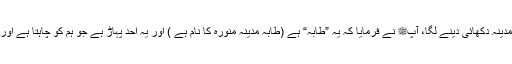
ہم نکلے یہاں تک کہ مدینہ دکھائی دینے لگا، آپﷺ نے فرمایا کہ یہ ”طابہ“ ہے (طابہ مدینہ منورہ کا نام ہے ) اور یہ احد پہاڑ ہے جو ہم کو چاہتا ہے اور ہم اس کو چاہتے ہیں۔